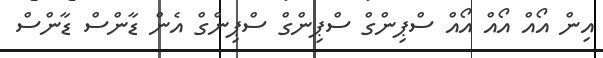
އިން އޯއް އޯއް އޯއް ސްޕިންގް ސްޕިންގް ސްޕިންގް އެން ޑާންސް ޑާންސް